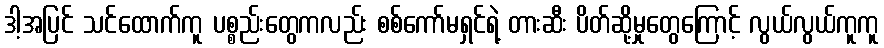
ဒါ့အပြင် သင်ထောက်ကူ ပစ္စည်းတွေကလည်း စစ်ကော်မရှင်ရဲ့ တားဆီး ပိတ်ဆို့မှုတွေကြောင့် လွယ်လွယ်ကူကူ